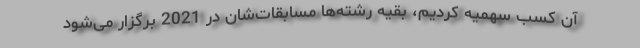
آن کسب سهمیه کردیم، بقیه رشته‌ها مسابقات‌شان در 2021 برگزار می‌شود